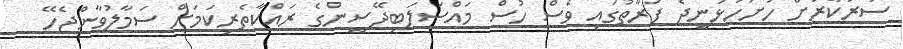
ސަރުކާރަށް ހުށަހަޅަނީދެ ފަރާތުގައި ވެސް ހުސް މައްސަލަބިދޭސީންގެ ރައްކާތެރިކަމަށް ސަމާލުވާންޖެހޭ